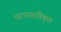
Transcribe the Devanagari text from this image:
परंपरास्वीकृत